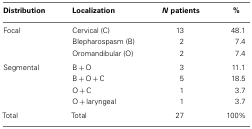
| Distribution | Localization | N patients | % |
 | --- | --- | --- | --- |
 | Focal | Cervical (C) | 13 | 48.1 |
 |  | Blepharospasm (B) | 2 | 7.4 |
 |  | Oromandibular (O) | 2 | 7.4 |
 | Segmental | B + O | 3 | 11.1 |
 |  | B + O + C | 5 | 18.5 |
 |  | O + C | 1 | 3.7 |
 |  | O + laryngeal | 1 | 3.7 |
 | Total | Total | 27 | 100% |